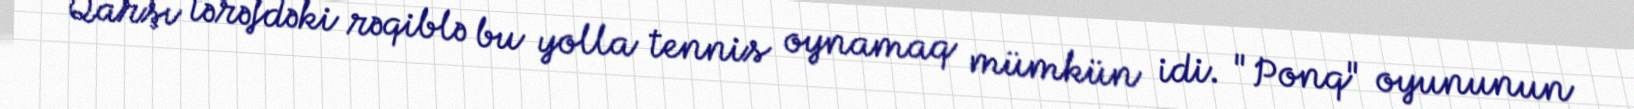
Qarşı tərəfdəki rəqiblə bu yolla tennis oynamaq mümkün idi. "Ponq" oyununun